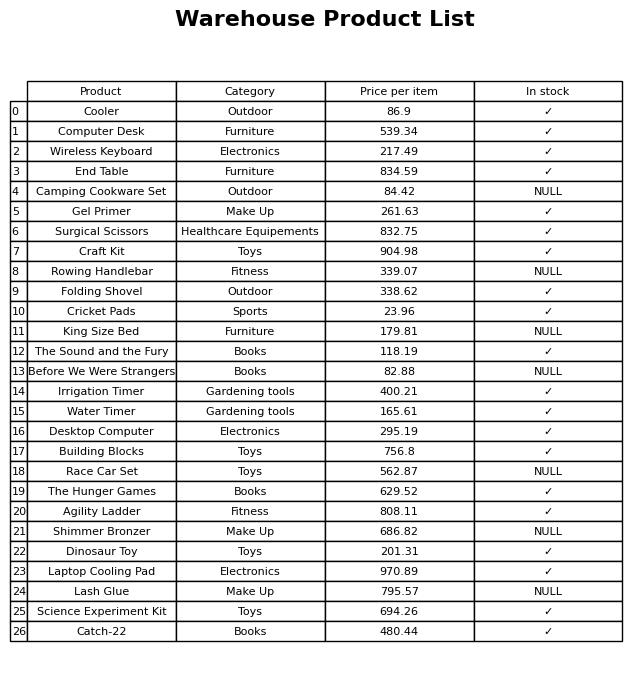
question: Is the Surgical Scissors in stock?
answer: ✓